Insane asylums Bombay 1873-77 - 1873-1877
Year: 1873
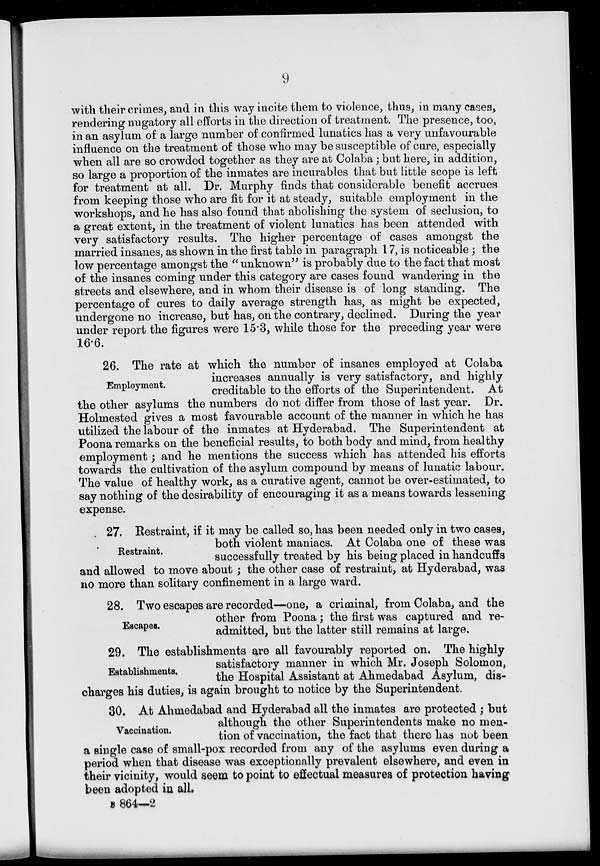
9
with their crimes, and in this way incite them to violence, thus, in many cases,
rendering nugatory all efforts in the direction of treatment. The presence, too,
in an asylum of a large number of confirmed lunatics has a very unfavourable
influence on the treatment of those who may be susceptible of cure, especially
when all are so crowded together as they are at Colaba; but here, in addition,
so large a proportion of the inmates are incurables that but little scope is left
for treatment at all. Dr. Murphy finds that considerable benefit accrues
from keeping those who are fit for it at steady, suitable employment in the
workshops, and he has also found that abolishing the system of seclusion, to
a great extent, in the treatment of violent lunatics has been attended with
very satisfactory results. The higher percentage of cases amongst the
married insanes, as shown in the first table in paragraph 17, is noticeable; the
low percentage amongst the " unknown" is probably due to the fact that most
of the insanes coming under this category are cases found wandering in the
streets and elsewhere, and in whom their disease is of long standing. The
percentage of cures to daily average strength has, as might be expected,
undergone no increase, but has, on the contrary, declined. During the year
under report the figures were 15.3, while those for the preceding year were
16.6.
Employment.
26. The rate at which the number of insanes employed at Colaba
increases annually is very satisfactory, and highly
creditable to the efforts of the Superintendent. At
the other asylums the numbers do not differ from those of last year. Dr.
Holmested gives a most favourable account of the manner in which he has
utilized the labour of the inmates at Hyderabad. The Superintendent at
Poona remarks on the beneficial results, to both body and mind, from healthy
employment; and he mentions the success which has attended his efforts
towards the cultivation of the asylum compound by means of lunatic labour.
The value of healthy work, as a curative agent, cannot be over-estimated, to
say nothing of the desirability of encouraging it as a means towards lessening
expense.
Restraint.
27. Restraint, if it may be called so, has been needed only in two cases,
both violent maniacs. At Colaba one of these was
successfully treated by his being placed in handcuffs
and allowed to move about ; the other case of restraint, at Hyderabad, was
no more than solitary confinement in a large ward.
Escapes.
28. Two escapes are recorded—one, a criminal, from Colaba, and the
other from Poona; the first was captured and re-
admitted, but the latter still remains at large.
Establishments.
29. The establishments are all favourably reported on. The highly
satisfactory manner in which Mr. Joseph Solomon,
the Hospital Assistant at Ahmedabad Asylum, dis-
charges his duties, is again brought to notice by the Superintendent.
Vaccination.
30. At Ahmedabad and Hyderabad all the inmates are protected ; but
although the other Superintendents make no men-
tion of vaccination, the fact that there has not been
a single case of small-pox recorded from any of the asylums even during a
period when that disease was exceptionally prevalent elsewhere, and even in
their vicinity, would seem to point to effectual measures of protection having
been adopted in all.
B 864—2